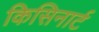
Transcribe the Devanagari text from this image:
किसिनार्ट